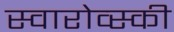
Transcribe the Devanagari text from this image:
स्वारोव्स्की